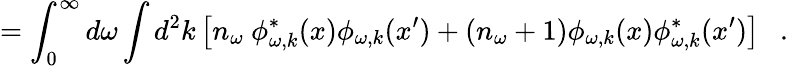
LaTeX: =\int_{0}^{\infty}d\omega\int d^{2}k\left[n_{\omega}~\phi_{\omega,k}^{*}(x)\phi_{\omega,k}(x^{\prime})+(n_{\omega}+1)\phi_{\omega,k}(x)\phi_{\omega,k}^{*}(x^{\prime})\right]~~~.